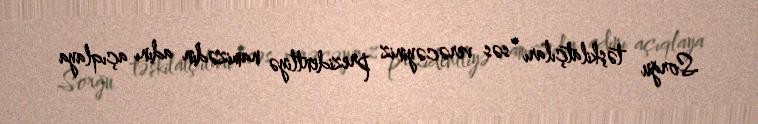
Sorğu təşkilatçıları “səs verəcəyiniz prezidentliyə namizədin adını açıqlaya